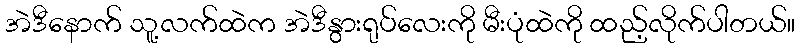
အဲဒီနောက် သူ့လက်ထဲက အဲဒီနွားရုပ်လေးကို မီးပုံထဲကို ထည့်လိုက်ပါတယ်။